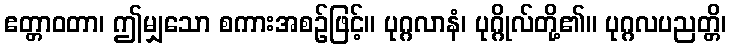
ဧတ္တာဝတာ၊ ဤမျှသော စကားအစဉ်ဖြင့်။ ပုဂ္ဂလာနံ၊ ပုဂ္ဂိုလ်တို့၏။ ပုဂ္ဂလပညတ္တိ၊